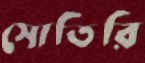
সোতিরি